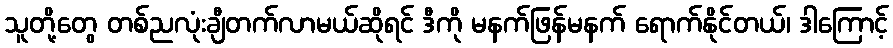
သူတို့တွေ တစ်ညလုံးချီတက်လာမယ်ဆိုရင် ဒီကို မနက်ဖြန်မနက် ရောက်နိုင်တယ်၊ ဒါကြောင့်